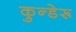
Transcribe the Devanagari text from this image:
कुन्डेरू